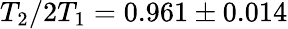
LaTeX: T_{2}/2T_{1}=0.961\pm 0.014